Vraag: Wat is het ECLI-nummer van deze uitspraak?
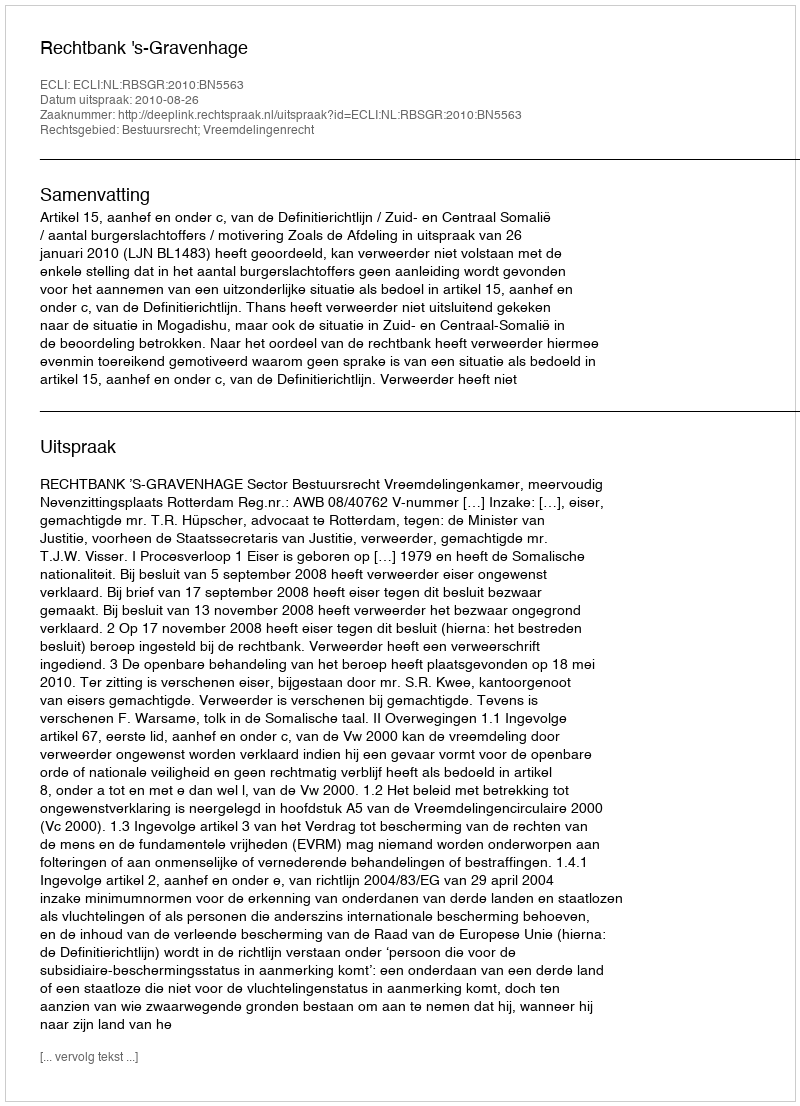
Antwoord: ECLI:NL:RBSGR:2010:BN5563